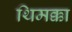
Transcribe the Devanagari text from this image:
थिमक्का